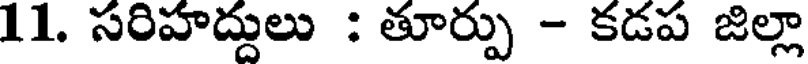
11. సరిహద్దులు : తూర్పు - కడప జిల్లా